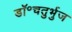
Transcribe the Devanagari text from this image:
डॉ॰चतुर्भुज